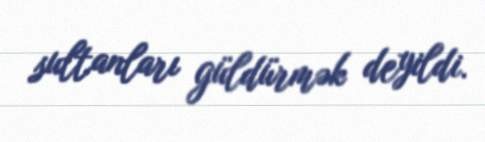
sultanları güldürmək deyildi.